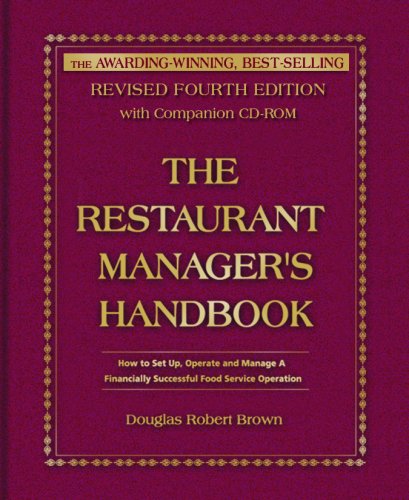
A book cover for The Restaurant Manager's Handbook: How to Set Up, Operate, and Manage a Financially Successful Food Service Operation 4th Edition - With Companion CD-ROM; Douglas Robert Brown; Cookbooks, Food & Wine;